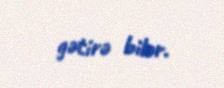
gətirə bilər.